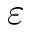
\varepsilon